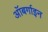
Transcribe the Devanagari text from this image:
ऑबर्गाइन